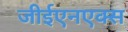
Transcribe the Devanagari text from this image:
जीईएनएक्स